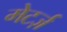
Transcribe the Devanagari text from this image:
मेटर्ज़